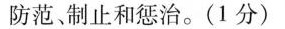
防范、制止和惩治。(1分)